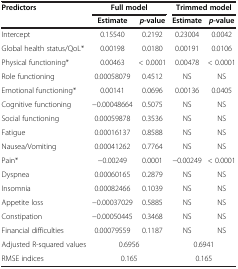
<table><thead><tr><td><b>Predictors</b></td><td colspan="2"><b>Full model</b></td><td colspan="2"><b>Trimmed model</b></td></tr><tr><td><b> </b></td><td><b>Estimate</b></td><td><b><i>p</i>-value</b></td><td><b>Estimate</b></td><td><b><i>p</i>-value</b></td></tr></thead><tbody><tr><td>Intercept</td><td>0.15540</td><td>0.2192</td><td>0.23004</td><td>0.0042</td></tr><tr><td>Global health status/QoL*</td><td>0.00198</td><td>0.0180</td><td>0.00191</td><td>0.0106</td></tr><tr><td>Physical functioning*</td><td>0.00463</td><td>&lt; 0.0001</td><td>0.00478</td><td>&lt; 0.0001</td></tr><tr><td>Role functioning</td><td>0.00058079</td><td>0.4512</td><td>NS</td><td>NS</td></tr><tr><td>Emotional functioning*</td><td>0.00141</td><td>0.0696</td><td>0.00136</td><td>0.0405</td></tr><tr><td>Cognitive functioning</td><td>−0.00048664</td><td>0.5075</td><td>NS</td><td>NS</td></tr><tr><td>Social functioning</td><td>0.00059878</td><td>0.3536</td><td>NS</td><td>NS</td></tr><tr><td>Fatigue</td><td>0.00016137</td><td>0.8588</td><td>NS</td><td>NS</td></tr><tr><td>Nausea/Vomiting</td><td>0.00041262</td><td>0.7764</td><td>NS</td><td>NS</td></tr><tr><td>Pain*</td><td>−0.00249</td><td>0.0001</td><td>−0.00249</td><td>&lt; 0.0001</td></tr><tr><td>Dyspnea</td><td>0.00060165</td><td>0.2879</td><td>NS</td><td>NS</td></tr><tr><td>Insomnia</td><td>0.00082466</td><td>0.1039</td><td>NS</td><td>NS</td></tr><tr><td>Appetite loss</td><td>−0.00037029</td><td>0.5885</td><td>NS</td><td>NS</td></tr><tr><td>Constipation</td><td>−0.00050445</td><td>0.3468</td><td>NS</td><td>NS</td></tr><tr><td>Financial difficulties</td><td>0.00079559</td><td>0.1187</td><td>NS</td><td>NS</td></tr><tr><td>Adjusted R-squared values</td><td colspan="2">0.6956</td><td colspan="2">0.6941</td></tr><tr><td>RMSE indices</td><td colspan="2">0.165</td><td colspan="2">0.165</td></tr></tbody></table>